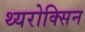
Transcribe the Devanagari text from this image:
थ्यरोक्सिन